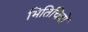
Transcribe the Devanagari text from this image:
भितिचित्रों